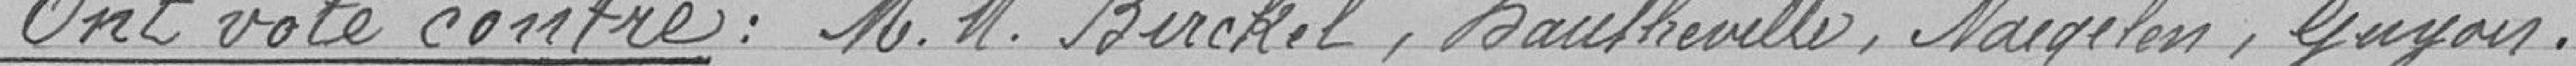
Ont voté contre : MM. Birckel, Dautheville, Naegelen, Guyon.